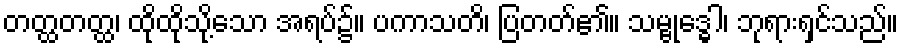
တတ္ထတတ္ထ၊ ထိုထိုသို့သော အရပ်၌။ ပကာသတိ၊ ပြတတ်၏။ သမ္ဗုဒ္ဓေါ၊ ဘုရားရှင်သည်။